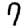
Digit: 7